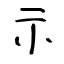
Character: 示